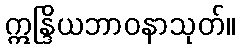
ဣန္ဒြိယဘာဝနာသုတ်။